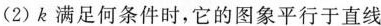
(2)k满足何条件时，它的图象平行于直线